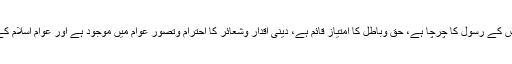
یہ انہی مدا رس کا فیض ہے کہ ملک میں اللہ اور اس کے رسول کا چرچا ہے، حق وباطل کا امتیاز قائم ہے، دینی اقدار وشعائر کا احترام وتصور عوام میں موجود ہے اور عوام اسلام کے نام پر مرمٹنے کے لیے ہمہ وقت تیار رہتے ہیں۔